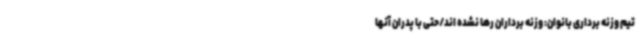
تیم وزنه برداری بانوان: وزنه برداران رها نشده اند/حتی با پدران آنها